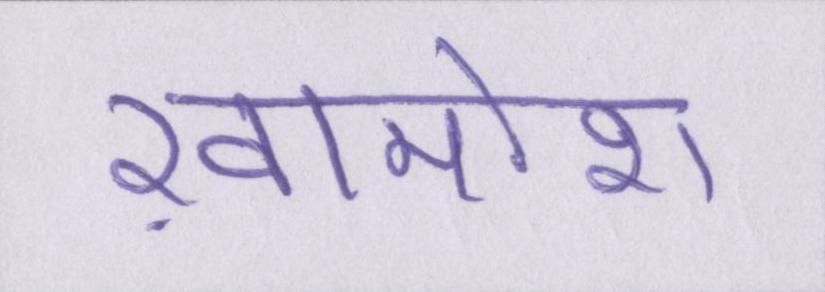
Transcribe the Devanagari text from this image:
ख़ामोश